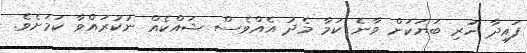
ފައިދާ ހުރި ބަޔަކަށް ވާނެ ކަމާ މެދު އެއްވެސް ޝައްކެއް ނުކުރައްވާ ކަމަށެވެ.